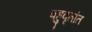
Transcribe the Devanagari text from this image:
बहुवृतांत